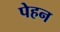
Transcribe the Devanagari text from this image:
पेहन